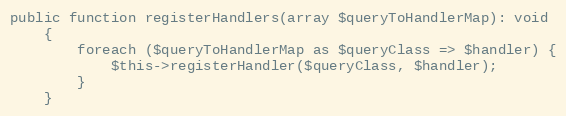
Language: PHP
public function registerHandlers(array $queryToHandlerMap): void
    {
        foreach ($queryToHandlerMap as $queryClass => $handler) {
            $this->registerHandler($queryClass, $handler);
        }
    }